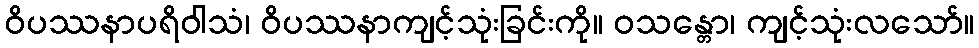
ဝိပဿနာပရိဝါသံ၊ ဝိပဿနာကျင့်သုံးခြင်းကို။ ဝသန္တော၊ ကျင့်သုံးလသော်။